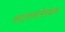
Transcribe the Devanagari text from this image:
आशयलेखन